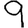
Digit: 9